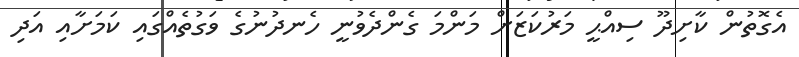
އެގޮތުން ކާށިދޫ ސިއްޙީ މަރުކަޒަށް މަންމަ ގެންދެވުނީ ހެނދުނުގެ ވަގުތެއްގައި ކަމަށާއި އަދި